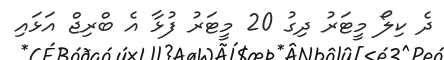
ދެ ކިލޯ މީޓަރު ދިގު 20 މީޓަރު ފުޅާ އެ ބްރިޖް އަޅައި